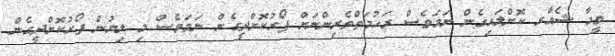
ވީމާ ޝެއާރ ކޮށްލައިގެން ނަމަވެސް ރަޙުމަތްތެރިންނަށް ފޯރުކޮށްދީގެން ނަމަވެސް މި ލިޔުން ފޯރުކޮށްދީގެން